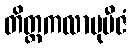
တိတ္တကလာဗုဗီဇံ